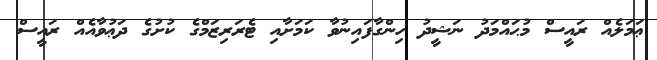
ޢަމަލެއް ރައީސް މުޙައްމަދު ނަޝީދު ހިންގާފައިނުވާ ކަމަށާއި ޓެރަރިޒަމްގެ ކުށުގެ ދަޢުވާއެއް ރައީސް